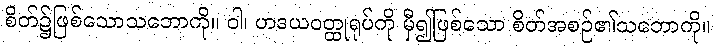
စိတ်၌ဖြစ်သောသဘောကို။ ဝါ၊ ဟဒယဝတ္ထုရုပ်ကို မှီ၍ဖြစ်သော စိတ်အစဉ်၏သဘောကို။